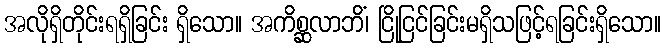
အလိုရှိတိုင်းရရှိခြင်း ရှိသော။ အကိစ္ဆလာဘိံ၊ ငြိုငြင်ခြင်းမရှိသဖြင့်ရခြင်းရှိသော။